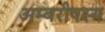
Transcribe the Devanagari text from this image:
अम्बरीषस्य